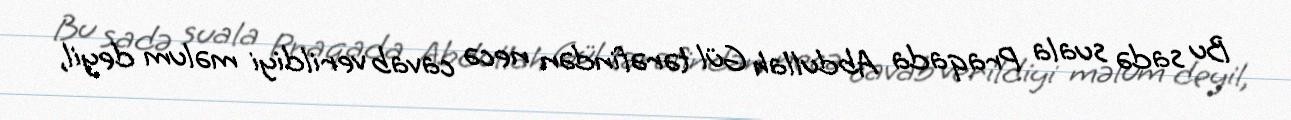
Bu sadə suala Praqada Abdullah Gül tərəfindən necə cavab verildiyi məlum deyil,